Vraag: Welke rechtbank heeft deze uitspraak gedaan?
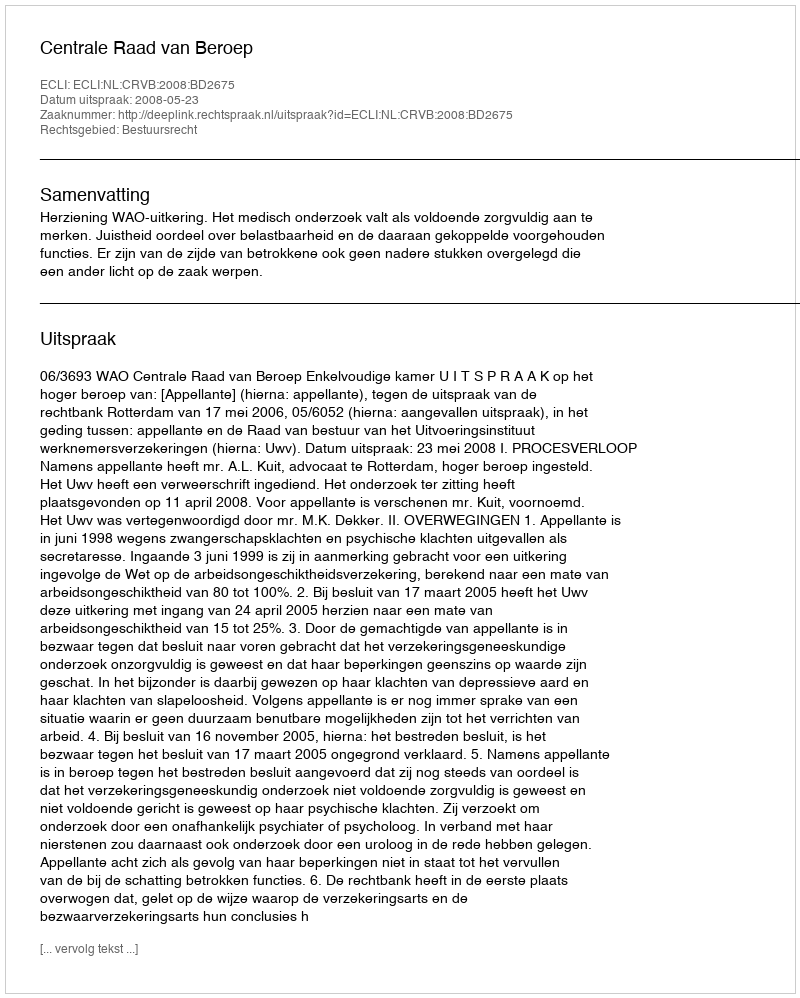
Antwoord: Centrale Raad van Beroep